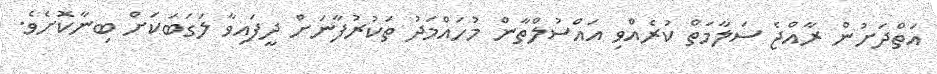
އަތްދަށުން ރާއްޖެ ސަލާމަތް ކުރެއްވި އައްސުލްތާން މުހައްމަދު ތަކުރުފާނަށް ދީފައިވާ ލަގަބަކަށް ބިނާކޮށެވެ.